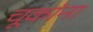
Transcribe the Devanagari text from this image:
चूकांना